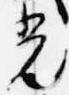
光